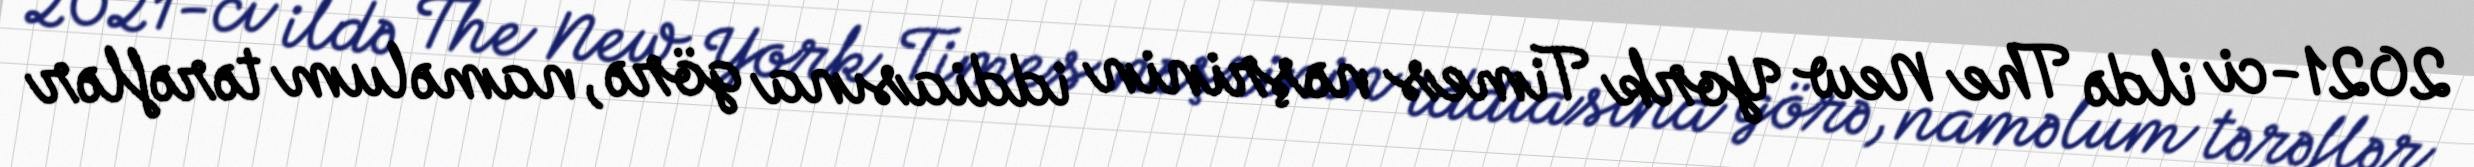
2021-ci ildə The New York Times nəşrinin iddiasına görə, naməlum tərəflər